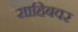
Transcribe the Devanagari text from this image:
साहिबवर